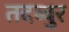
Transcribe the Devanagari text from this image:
तदब्बुर